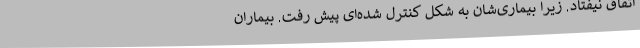
اتفاق نیفتاد. زیرا بیماری‌شان به شکل کنترل شده‌ای پیش رفت. بیماران